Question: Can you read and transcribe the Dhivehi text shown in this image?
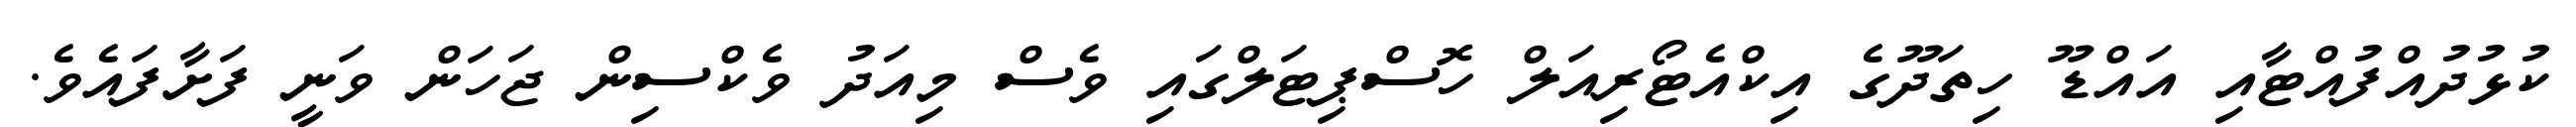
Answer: ކުޅުދުއްފުއްޓާއި އައްޑޫ ހިތަދޫގެ އިކްއެޓޯރިއަލް ހޮސްޕިޓަލްގައި ވެސް މިއަދު ވެކްސިން ޖަހަން ވަނީ ފަށާފައެވެ.